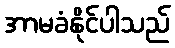
အာမခံနိုင်ပါသည်